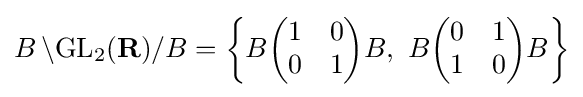
B\,\backslash \!\operatorname {GL} _{2}(\mathbf {R} )/B=\left\{B{\begin{pmatrix}1&0\\0&1\end{pmatrix}}B,\ B{\begin{pmatrix}0&1\\1&0\end{pmatrix}}B\right\}